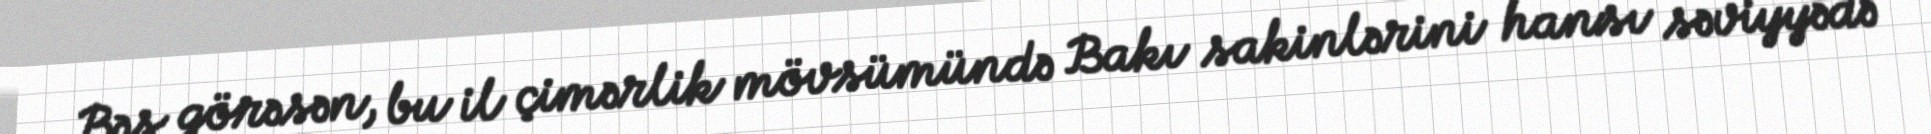
Bəs görəsən, bu il çimərlik mövsümündə Bakı sakinlərini hansı səviyyədə